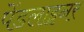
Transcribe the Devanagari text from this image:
पेंडलाइनर